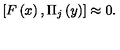
\left[ F \left( x \right) , \Pi _ { j } \left( y \right) \right] \approx 0 .